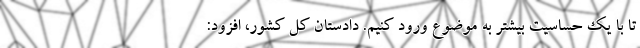
تا با یک حساسیت بیشتر به موضوع ورود کنیم. دادستان کل کشور، افزود: